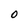
Character: 0